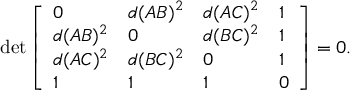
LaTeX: \operatorname* { d e t } { \left[ \begin{array} { l l l l } { 0 } & { d ( A B ) ^ { 2 } } & { d ( A C ) ^ { 2 } } & { 1 } \\ { d ( A B ) ^ { 2 } } & { 0 } & { d ( B C ) ^ { 2 } } & { 1 } \\ { d ( A C ) ^ { 2 } } & { d ( B C ) ^ { 2 } } & { 0 } & { 1 } \\ { 1 } & { 1 } & { 1 } & { 0 } \end{array} \right] } = 0 .